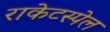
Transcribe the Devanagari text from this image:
राकेटस्पेल